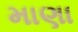
માણા